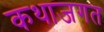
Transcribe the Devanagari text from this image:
कथाजगत